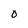
Character: O